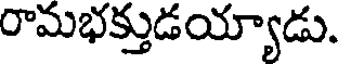
రామభక్తుడయ్యాడు.